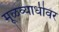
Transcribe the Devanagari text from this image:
मूळव्याधीवर